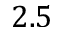
2 . 5